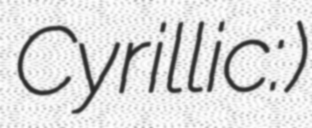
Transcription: Cyrillic: Корићани)